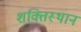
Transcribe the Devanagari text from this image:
शक्तिस्थान